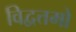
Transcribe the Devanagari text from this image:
विद्वत्तमो